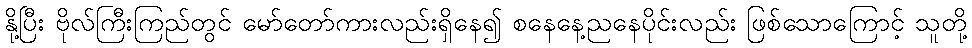
နို့ပြီး ဗိုလ်ကြီးကြည်တွင် မော်တော်ကားလည်းရှိနေ၍ စနေနေ့ညနေပိုင်းလည်း ဖြစ်သောကြောင့် သူတို့